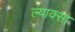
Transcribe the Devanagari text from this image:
ल्याक्सा